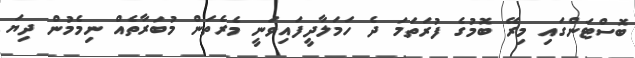
ބޮސްޓަންގައި މިރޭ ބޮމުގެ ފުރަތަމަ ދެ ހަމަލާދީފައިވަނީ މެރެތަން މުބަރާތެއް ނިމެމުން ދިޔަ